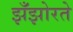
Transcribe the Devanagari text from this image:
झँझोरते